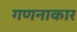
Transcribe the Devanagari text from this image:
गणनाकार